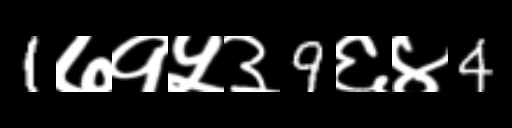
Text: 1७१५३9६४4